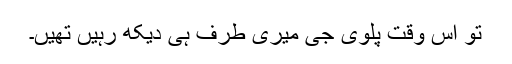
تو اس وقت پلوی جی میری طرف ہی دیکھ رہیں تھیں۔